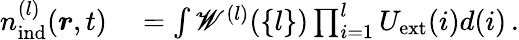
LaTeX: \begin{array}{rl}{{n}_{\mathrm{ind}}^{(l)}(\boldsymbol{r},t)}&{{}=\int\mathscr{W}^{(l)}(\{ l\} )\prod_{i=1}^{l}U_{\mathrm{ext}}(i)d(i)\, .}\end{array}